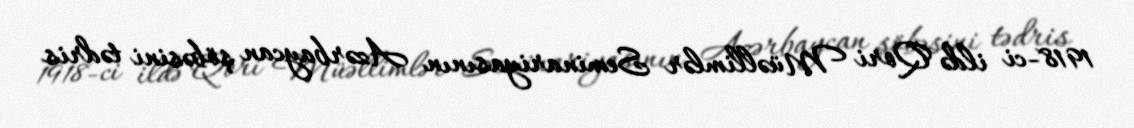
1918-ci ildə Qori Müəllimlər Seminariyasının Azərbaycan şöbəsini tədris